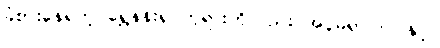
ခံစားနေရတဲ့ ရွှေနန်းရှင်ဘုရားကိုလည်း အပူမရှာကြပါနှင့်။